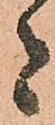
者